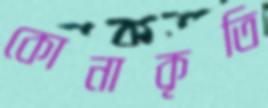
কোনাকৃতি